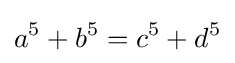
a^{5}+b^{5}=c^{5}+d^{5}